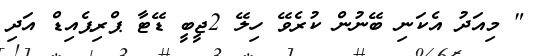
" މިއަދު އެކަނި ބޭނުން ކުރެވޭ ހިލޭ 2ޖީބީ ޑޭޓާ ޕްރިޕެއިޑް އަދި